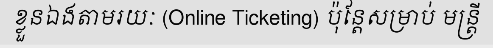
ខ្លួនឯងតាមរយៈ (Online Ticketing) ប៉ុន្តែសម្រាប់ មន្ត្រី